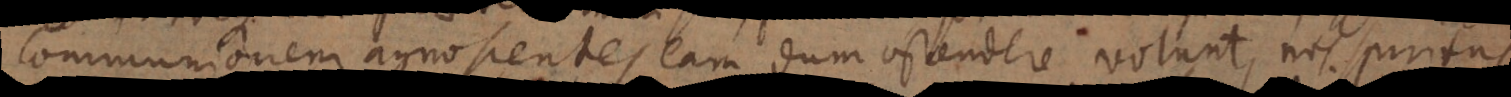
communionem agnoscentes eam dum ostendere volunt, nos spiritu